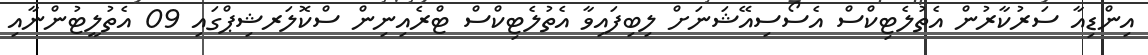
އިންޑިއާ ސަރުކާރުން އެތުލެޓިކްސް އެސޯސިއޭޝަނަށް ލިބިފައިވާ އެތުލެޓިކްސް ޓްރެއިނިން ސްކޮލަރޝިޕްގައި 09 އެތުލީޓުންނާއި